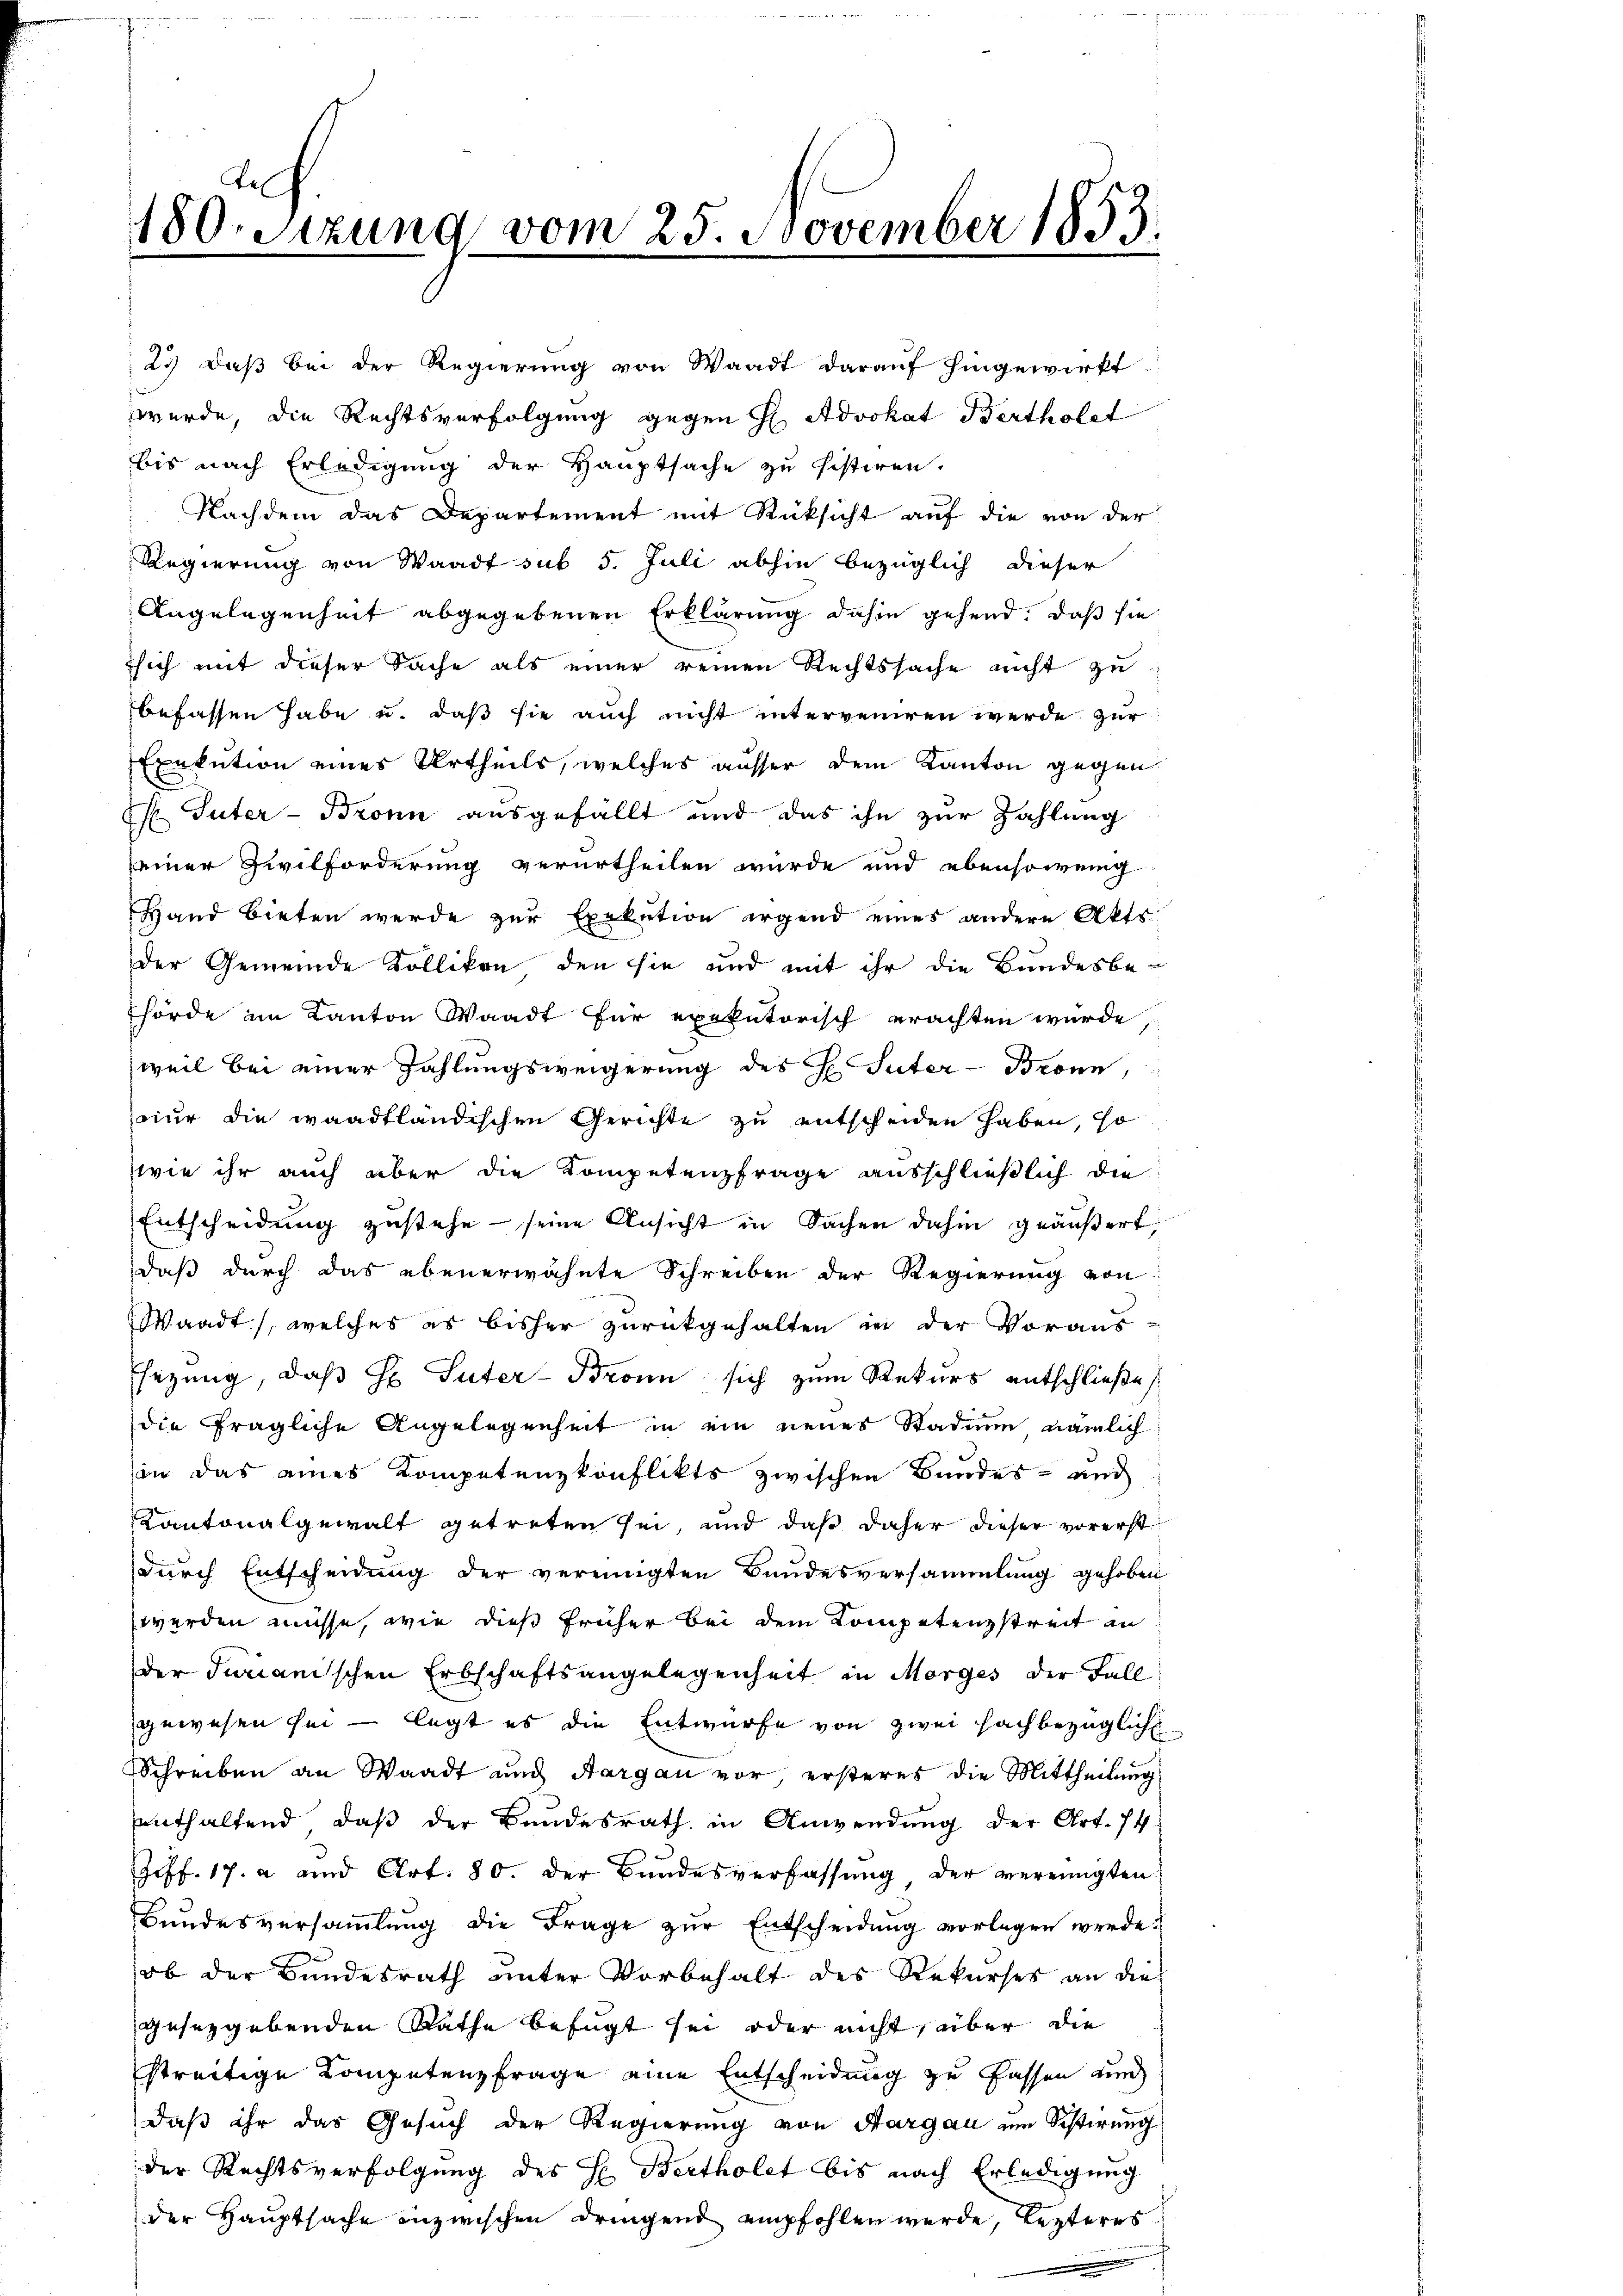
.
Tel
180. Sitzung vom 25. November 1853.
.

23) daß bei der Regierung von Waadt darauf hingewirkt.
wurde, die Rechtsverfolgung gegen H. Advokat Bertholet
bis nach Erledigung der Hauptsache zu histiren.
Nachdem das Departement mit Rücksicht auf die von der
Regierung von Waadt sub 5. Juli abhin bezüglich dieser
Angelegenheit abgegebenen Erklärung dahin gehend: daß sie
sich mit dieser Sache als einer reinen Rechtssache nicht zu
befassen habe u. daß sie auch nicht interveniren werde zur
Exekution eines Urtheils, welches ausser dem Kanton gegen
 Suter - Bronn ausgefällt und das ihn zur Zahlung
seiner Zivilforderung verurtheilen wurde und ebensowenig
Hand bieten werde zur Exekution irgend eines andere Akts
der Gemeinde Kolliken, den sie und mit ihr die Bundesbe-
hörde im Kanton Waadt für exekutorisch erachten wurde
weil bei einer Zahlungsweigerung des H. Suter - Bronn,
nur die waadtländischen Gerichte zu entscheiden haben, so
wie ihr auch aber die Kompetenzfrage ausschließlich die
Entscheidung zustehe - seine Ansicht in Sachen dahin geäußert,
daß durch das ebenerwähnte Schreiben der Regierung von
Waadt, welches es bisher zurückgehalten in der Voraus-
Esezung, daß Hr. Suter-Bronn sich zum Rekurs entschließe
die fragliche Angelegenheit in ein neues Stadium nämlich
in das eines Kompetenzkonflikts zwischen Bundes- und
Kantonalgewalt getreten sei, und daß daher dieser vorerst
durch Entscheidung der vereinigten Bundesversammlung gehoben
werden müsse, wie dies früher bei dem Kompetenzstreit in
der Jurianischen Erbschaftsangelegenheit in Morges der Fall
gewesen sei – legt es die Entwurfe von zwei fachbezügliche
Schreiben an Waadt und Aargau vor, ersteres die Mittheilŭng
enthaltend, daß der Bundesrath in Anwendung der Art. 74
Joff. 17. a und Art. 80. Der Bundesverfassung der vereinigten
Bundesversammlung die Frage zur Entscheidung vorlegen werde?
ob der Bundesrath unter Vorbehalt des Rekurses an dies
gesetzgebenden Rathe befugt sei oder nicht, aber die
streitige Competenzfrage eine Entscheidung zu fassen und
daß ihr das Gesuch der Regierung von Aargau um Schirung
der Rechtsverfolgung des H. Bertholet bis nach Erledigung
der Hauptsache inzwischen dringend empfohlen werde, lezteres